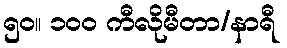
၅၀။ ၁၀၀ ကီလိုမီတာ/နာရီ